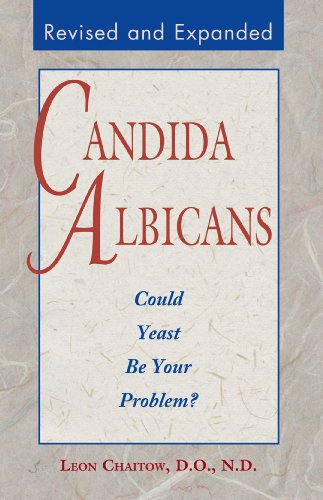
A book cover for Candida Albicans: Could Yeast Be Your Problem?; Leon Chaitow D.O.  N.D.; Health, Fitness & Dieting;